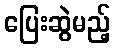
ပြေးဆွဲမည့်